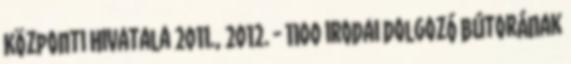
Központi Hivatala 2011., 2012. - 1100 irodai dolgozó bútorának